Indian journal of veterinary science and animal husbandry - Volume 9,
Year: 1939
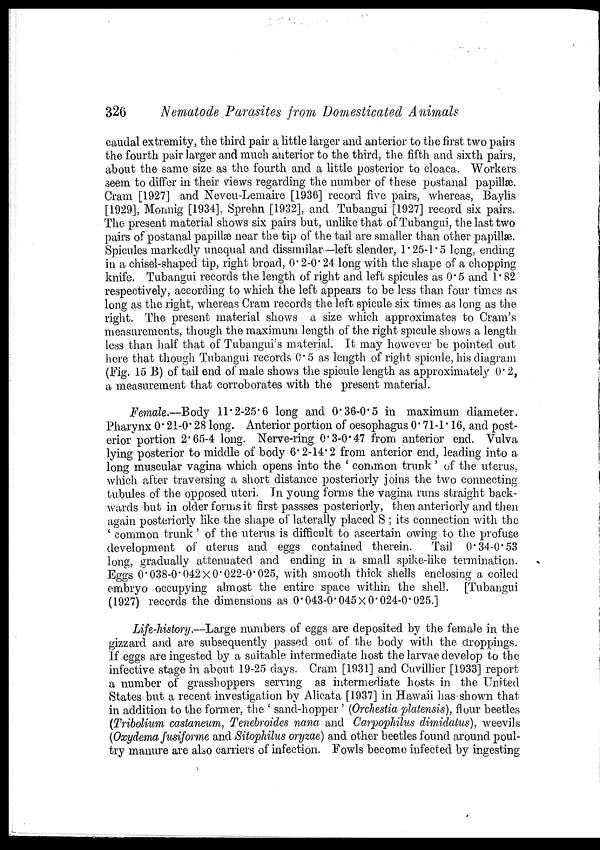
326
Nematode Parasites from Domesticated Animals
caudal extremity, the third pair a little larger and anterior to the first two pairs
the fourth pair larger and much anterior to the third, the fifth and sixth pairs,
about the same size as the fourth and a little posterior to cloaca. Workers
seem to differ in their views regarding the number of these postanal papillæ.
Cram [1927] and Neveu-Lemaire [1936] record five pairs, whereas, Baylis
[1929], Monnig [1934], Sprehn [1932], and Tubangui [1927] record six pairs.
The present material shows six pairs but, unlike that of Tubangui, the last two
pairs of postanal papillæ near the tip of the tail are smaller than other papillæ.
Spicules markedly unequal and dissimilar—left slender, 1.25-1.5 long, ending
in. a chisel-shaped tip, right broad, 0.2-0.24 long with the shape of a chopping
knife. Tubangui records the length of right and left spicules as 0.5 and 1.82
respectively, according to which the left appears to be less than four times as
long as the right, whereas Cram records the left spicule six times as long as the
right. The present material shows a size which approximates to Cram's
measurements, though the maximum length of the right spicule shows a length
less than half that of Tubangui's material. It may however be pointed out
here that though Tubangui records 0.5 as length of right spicule, his diagram
(Fig. 15 B) of tail end of male shows the spicule length as approximately 0. 2,
a measurement that corroborates with the present material.
Female.—Body 11.2-25.6 long and 0.36-0.5 in maximum diameter.
Pharynx 0.21-0.28 long. Anterior portion of oesophagus 0.71-1.16, and post-
erior portion 2.65-4 long. Nerve-ring 0.3-0.47 from anterior end. Vulva
lying posterior to middle of body 6.2-14.2 from anterior end, leading into a
long muscular vagina which opens into the ' common trunk' of the uterus,
which after traversing a short distance posteriorly joins the two connecting
tubules of the opposed uteri. In young forms the vagina runs straight back-
wards but in older forms it first passses posteriorly, then anteriorly and then
again posteriorly like the shape of laterally placed S ; its connection with the
' common trunk' of the uterus is difficult to ascertain owing to the profuse
development of uterus and eggs contained therein.
Tail 0.34-0.53
long, gradually attenuated and ending in a small spike-like termination.
Eggs 0.038-0.042×0.022-0.025, with smooth thick shells enclosing a coiled
embryo occupying almost the entire space within the shell. [Tubangui
(1927) records the dimensions as 0.043-0.045×0.024-0.025.]
Life-history.—Large numbers of eggs are deposited by the female in the
gizzard and are subsequently passed out of the body with the droppings.
If eggs are ingested by a suitable intermediate host the larvae develop to the
infective stage in about 19-25 days. Cram [1931] and Cuvillier [1933] report
a number of grasshoppers serving as intermediate hosts in the United
States but a recent investigation by Alicata [1937] in Hawaii has shown that
in addition to the former, the ' sand-hopper ' (Orchestia platensis), flour beetles
(Tribolium castaneum, Tenebroides nana and Carpophilus dimidatus), weevils
(Oxydema fusiforme and Sitophilus oryzae) and other beetles found around poul-
try manure are also carriers of infection. Fowls become infected by ingesting